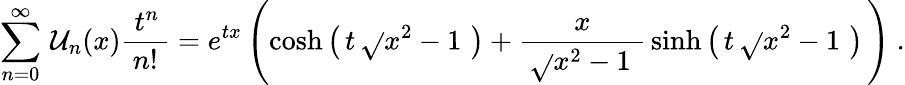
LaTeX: \sum_{n=0}^{\infty}\, \mathcal{U}_{n}(x){\frac{{\; t^{n}\, }}{{n!}}}=e^{tx}\left(\cosh\left(\, t\, {\sqrt{}{{x^{2}-1\, }}}\, \right)+{\frac{{x}}{{\, {\sqrt{}{{x^{2}-1\, }}}\, }}}\sinh\left(\, t\, {\sqrt{}{{x^{2}-1\, }}}\, \right)\, \right)~.